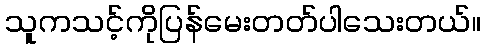
သူကသင့်ကိုပြန်မေးတတ်ပါသေးတယ်။